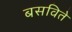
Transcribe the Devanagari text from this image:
बसविते